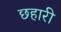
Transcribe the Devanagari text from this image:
छहारी